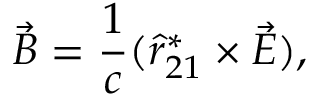
\vec { B } = \frac { 1 } { c } ( \hat { r } _ { 2 1 } ^ { * } \times \vec { E } ) ,